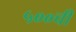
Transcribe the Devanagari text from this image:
५००ची